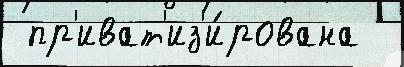
 пр'иват'из'и́рована